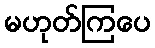
မဟုတ်ကြပေ